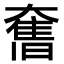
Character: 𭑣